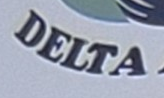
DELTA